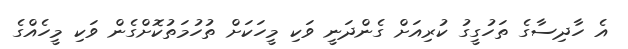
އެ ހާދިސާގެ ތަހުގީގު ކުރިއަށް ގެންދަނީ ވަކި މީހަކަށް ތުހުމަތުކޮށްގެން ވަކި މީހެއްގެ